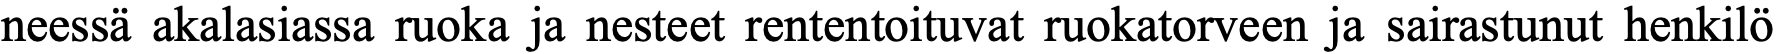
neessä akalasiassa ruoka ja nesteet rententoituvat ruokatorveen ja sairastunut henkilö